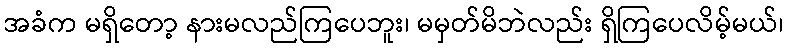
အခံက မရှိတော့ နားမလည်ကြပေဘူး၊ မမှတ်မိဘဲလည်း ရှိကြပေလိမ့်မယ်၊